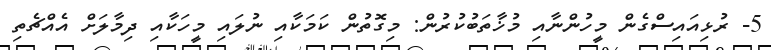
5- ރުޅިއައިސްގެން މީހުންނާއި މުޚާތަބުކުރުން: މިގޮތުން ކަމަކާއި ނުލައި މީހަކާއި ދިމާލަށް އެއްޗެތި